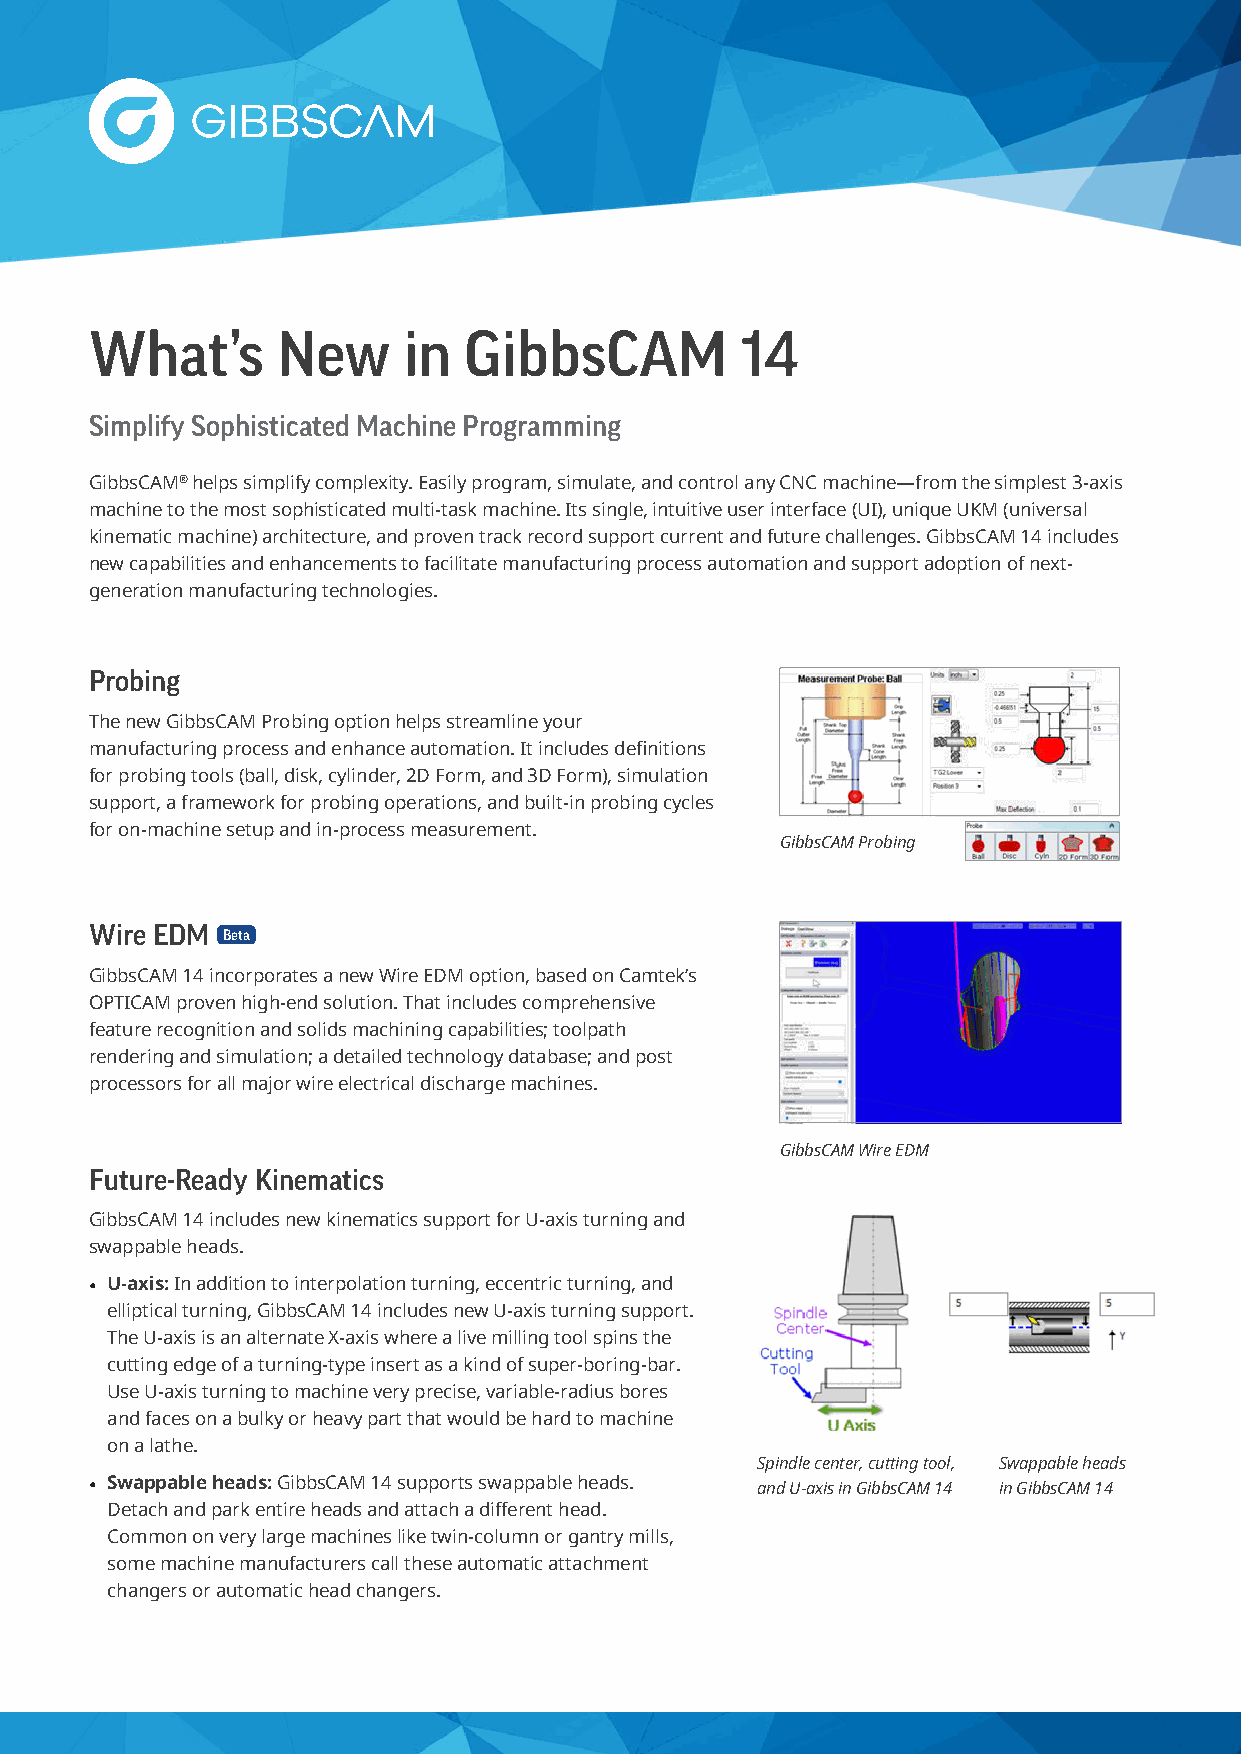
What’s      New      in  GibbsCAM          14
 Simplify Sophisticated Machine Programming
 GibbsCAM® helps simplify complexity. Easily program, simulate, and control any CNC machine—from the simplest 3-axis
 machine to the most sophisticated multi-task machine. Its single, intuitive user interface (UI), unique UKM (universal
 kinematic machine) architecture, and proven track record support current and future challenges. GibbsCAM 14 includes
 new capabilities and enhancements to facilitate manufacturing process automation and support adoption of next-
 generation manufacturing technologies.
 Probing
 The new GibbsCAM Probing option helps streamline your
 manufacturing process and enhance automation. It includes definitions
 for probing tools (ball, disk, cylinder, 2D Form, and 3D Form), simulation
 support, a framework for probing operations, and built-in probing cycles
 for on-machine setup and in-process measurement.
 GibbsCAM Probing
 Wire EDM
 Beta
 GibbsCAM 14 incorporates a new Wire EDM option, based on Camtek’s
 OPTICAM proven high-end solution. That includes comprehensive
 feature recognition and solids machining capabilities; toolpath
 rendering and simulation; a detailed technology database; and post
 processors for all major wire electrical discharge machines.
 GibbsCAM Wire EDM
 Future-Ready Kinematics
 GibbsCAM 14 includes new kinematics support for U-axis turning and
 swappable heads.
 • U-axis: In addition to interpolation turning, eccentric turning, and
 elliptical turning, GibbsCAM 14 includes new U-axis turning support.
 The U-axis is an alternate X-axis where a live milling tool spins the
 cutting edge of a turning-type insert as a kind of super-boring-bar.
 Use U-axis turning to machine very precise, variable-radius bores
 and faces on a bulky or heavy part that would be hard to machine
 on a lathe.
 Spindle center, cutting tool, Swappable heads
 • Swappable heads: GibbsCAM 14 supports swappable heads. and U-axis in GibbsCAM 14 in GibbsCAM 14
 Detach and park entire heads and attach a different head.
 Common on very large machines like twin-column or gantry mills,
 some machine manufacturers call these automatic attachment
 changers or automatic head changers.